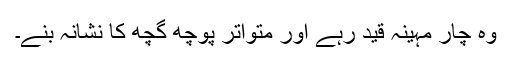
وہ چار مہینہ قید رہے اور متواتر پوچھ گچھ کا نشانہ بنے۔